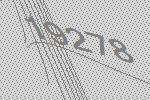
19278